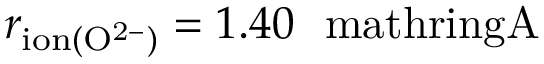
r _ { \mathrm { i o n ( O ^ { 2 - } ) } } = 1 . 4 0 \ \mathrm { \ m a t h r i n g { A } }